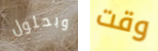
وبحلول وقت